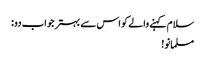
سلام کہنے والے کو اس سے بہتر جواب دو :
مسلمانو!